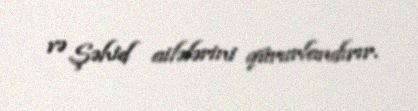
və Şəhid ailələrini qürurlandırır.